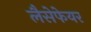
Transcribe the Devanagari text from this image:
लैसेफेयर